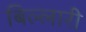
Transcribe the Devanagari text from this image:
बिल्लारी